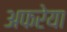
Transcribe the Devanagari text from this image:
अफरेया